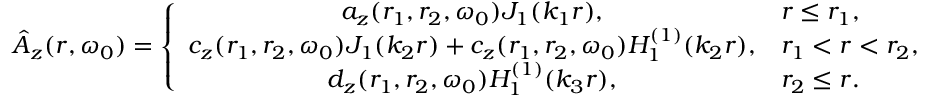
\hat { A } _ { z } ( r , \omega _ { 0 } ) = \left\{ \begin{array} { c l } { a _ { z } ( r _ { 1 } , r _ { 2 } , \omega _ { 0 } ) J _ { 1 } ( k _ { 1 } r ) , } & { r \leq r _ { 1 } , } \\ { c _ { z } ( r _ { 1 } , r _ { 2 } , \omega _ { 0 } ) J _ { 1 } ( k _ { 2 } r ) + c _ { z } ( r _ { 1 } , r _ { 2 } , \omega _ { 0 } ) H _ { 1 } ^ { ( 1 ) } ( k _ { 2 } r ) , } & { r _ { 1 } < r < r _ { 2 } , } \\ { d _ { z } ( r _ { 1 } , r _ { 2 } , \omega _ { 0 } ) H _ { 1 } ^ { ( 1 ) } ( k _ { 3 } r ) , } & { r _ { 2 } \le r . } \end{array} \right.